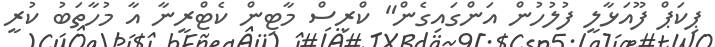
ޕިކަޕް ފޫއަޅާލީ ފުލުހުން އަންގައިގެން" ކްރިސް މާޓިން ކެޓްރީނާ އާ މުހާތަބު ކުރީ